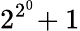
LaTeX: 2^{2^{0}}\! +1